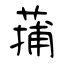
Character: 蒱